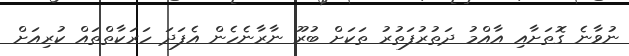
ނުވާނެ ގޮތަށާއި އާއްމު ދަތުރުފަތުރު ތަކަށް ބުރޫ ނާރާނެހެން އެފަދަ ހަރަކާތްތައް ކުރިއަށް